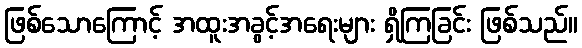
ဖြစ်သောကြောင့် အထူးအခွင့်အရေးများ ရှိကြခြင်း ဖြစ်သည်။